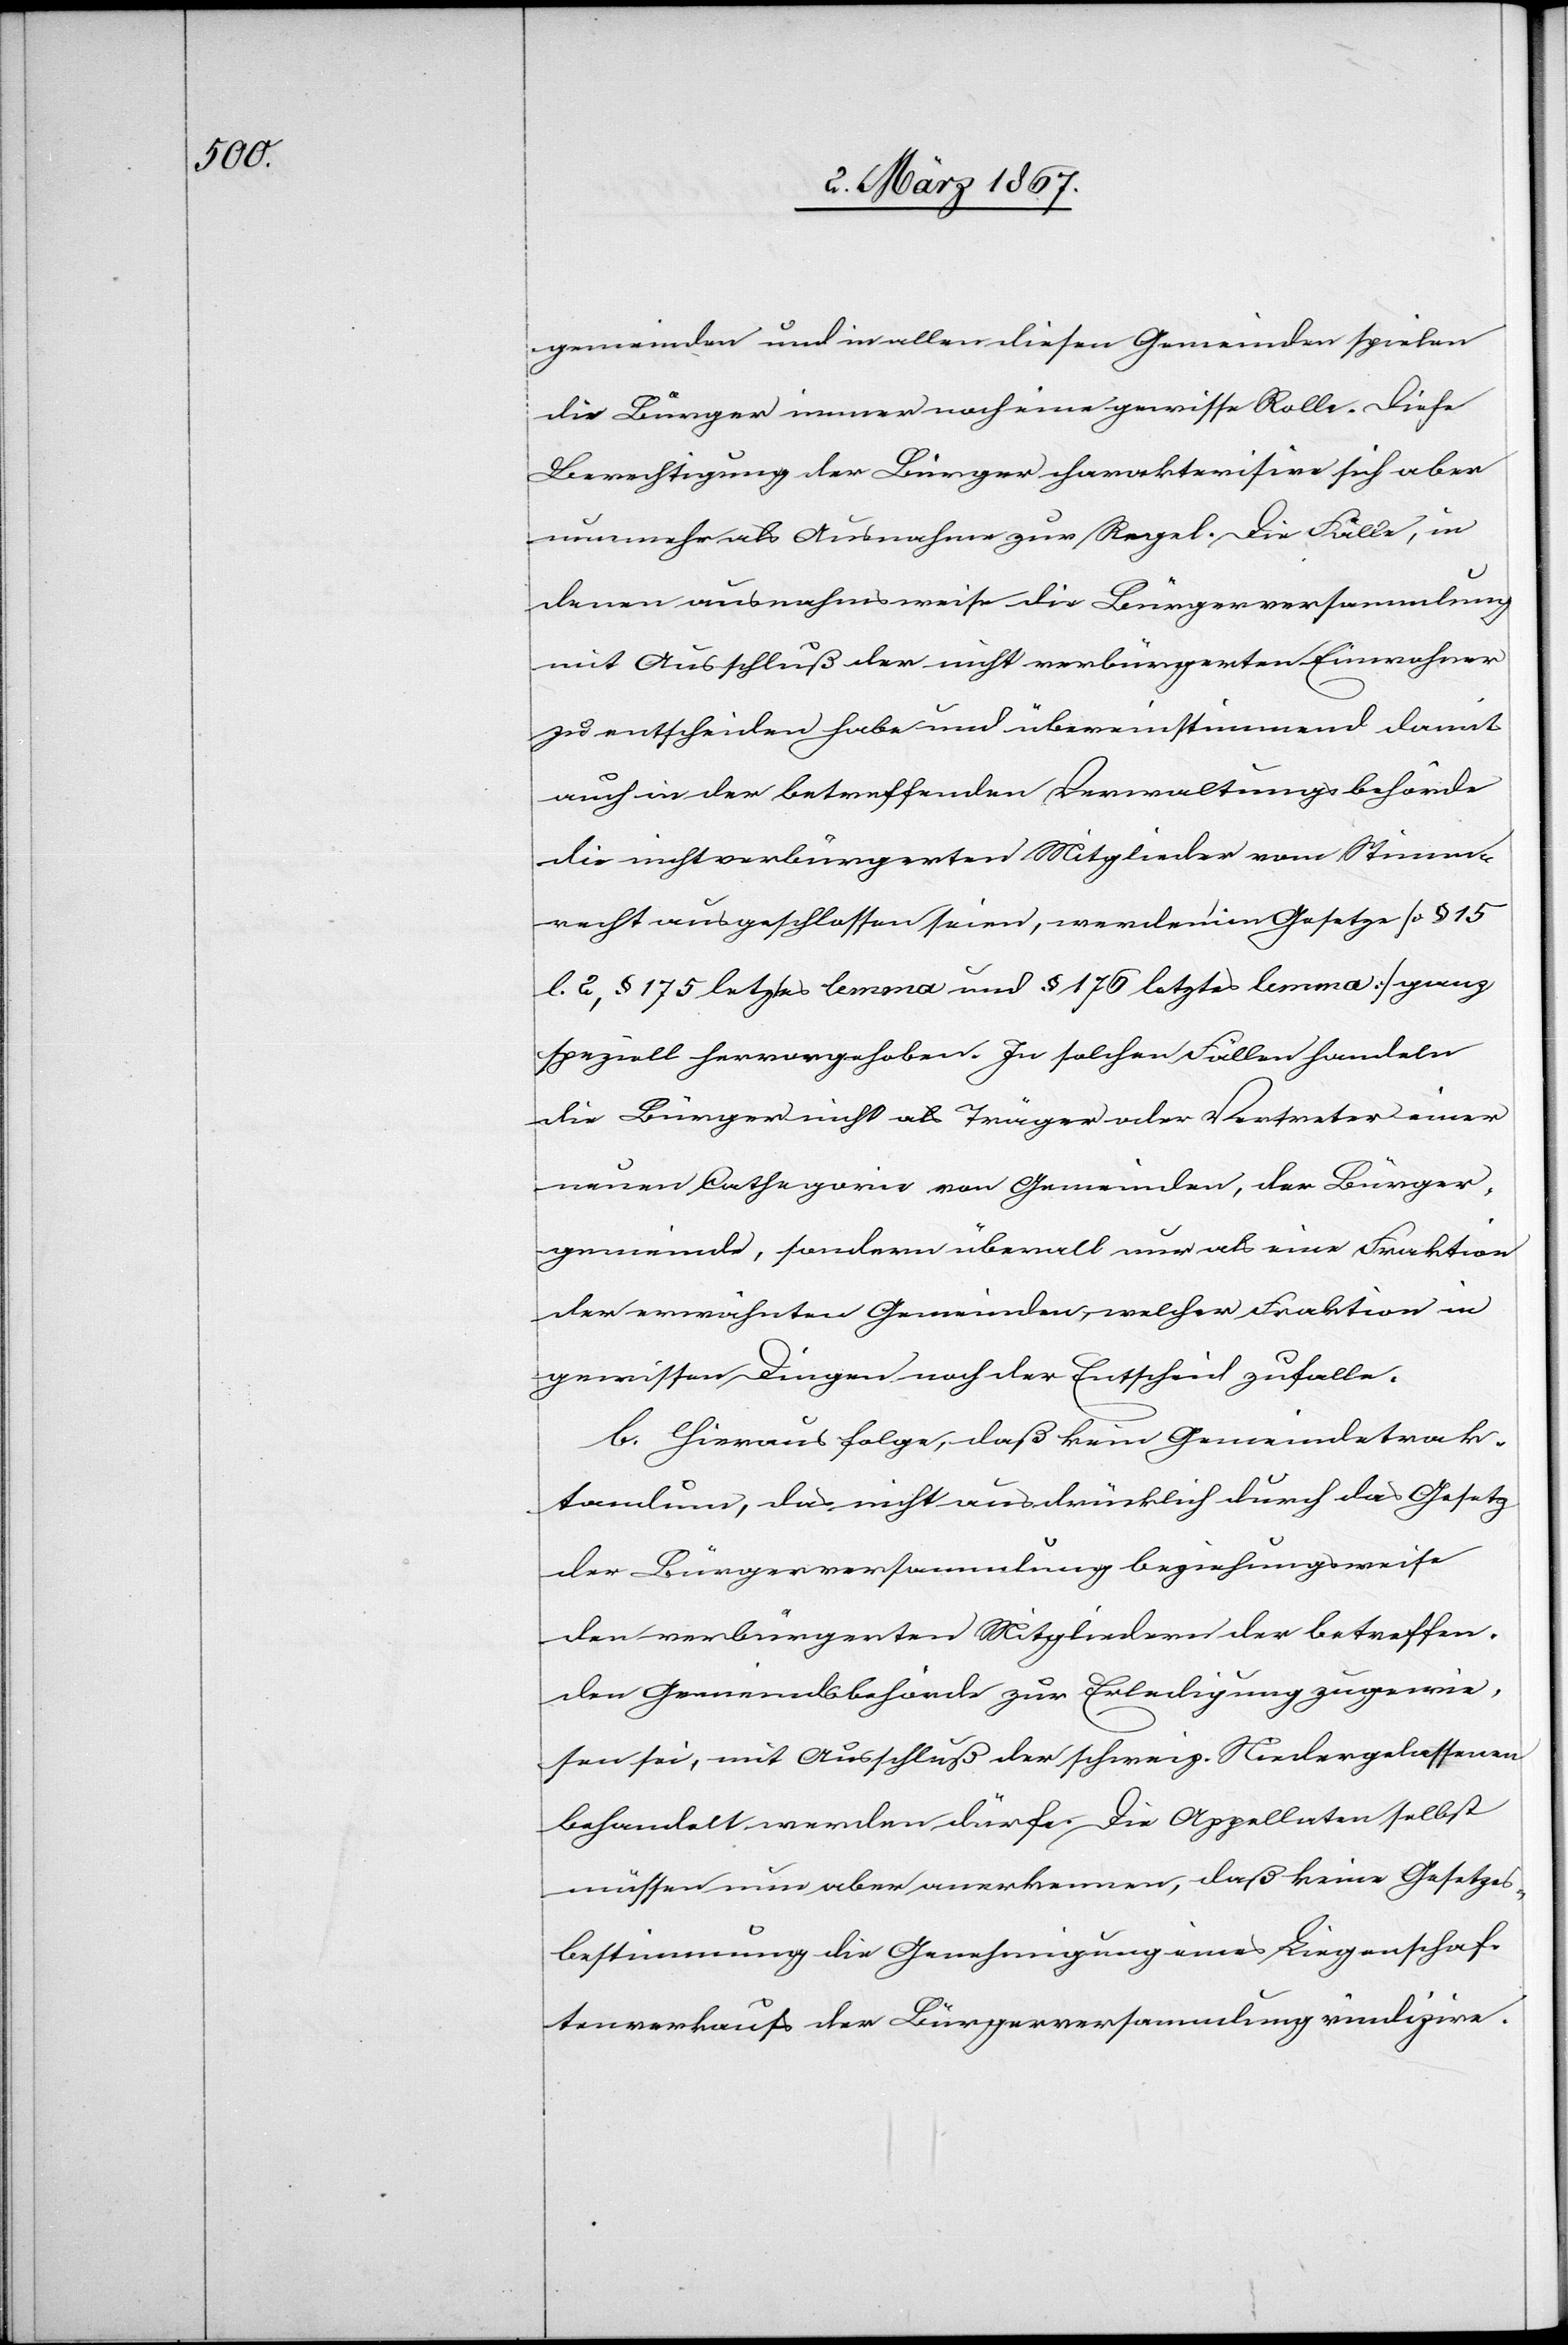
gemeinden und in allen diesen Gemeinden spielen
die Bürger immer noch eine gewisse Rolle. Diese
Berechtigung der Bürger charakterisire sich aber
nunmehr als Ausnahme zur Regel. Die Fälle, in
denen ausnahmsweise die Bürgerversammlung
mit Ausschluß der nicht verbürgerten Einwohner
zu entscheiden habe und übereinstimmend damit
auch in der betreffenden Verwaltungsbehörde
die nicht verbürgerten Mitglieder vom Stimm¬
recht ausgeschlossen seien, werden im Gesetze [§ 15
l. 2, § 175, letztes lemma und § 176 letztes lemma] ganz
speziell hervorgehoben. In solchen Fällen handeln
die Bürger nicht als Träger oder Vertreter einer
neuen Cathegorie von Gemeinden, der Bürger¬
gemeinde, sondern überall nur als eine Fraktion
der erwähnten Gemeinden, welcher Fraktion in
gewissen Dingen noch der Entscheid zufalle.
b. Hieraus folge, daß kein Gemeindetrak¬
tandum, das nicht ausdrücklich durch das Gesetz
der Bürgerversammlung beziehungsweise
den verbürgerten Mitgliedern der betreffen¬
den Gemeindsbehörde zur Erledigung zugewie¬
sen sei, mit Ausschluß der schweiz. Niedergelassenen
behandelt werden dürfe. Die Appellaten selbst
müssen nun aber anerkennen, daß keine Gesetzes¬
bestimmung die Genehmigung eines Liegenschaf¬
tenverkaufs der Bürgerversammlung indizire.